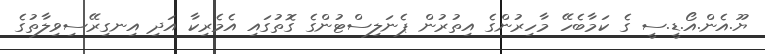
ޔޫ.އެން.އޯ.ޑީ.ސީ ގެ ކަމާބެހޭ މާހިރުންގެ އިތުރުން ޕެނަލިސްޓުންގެ ގޮތުގައި އެމެރިކާ އަދި އިނގިރޭސިވިލާތުގެ